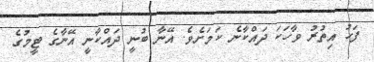
ފަހު އިތުރު ވާހަކަ ދައްކާނެ ކަމަށެވެ. އޭނާ ބުނީ ދައްކާނީ އޭނާގެ ޓީމުގެ